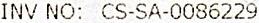
INV NO: CS-SA-0086229